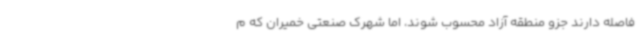
فاصله دارند جزو منطقه آزاد محسوب شوند، اما شهرک صنعتی خمیران که م